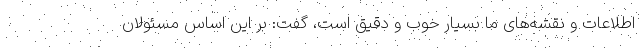
اطلاعات و نقشه‌های ما بسیار خوب و دقیق است، گفت: بر این اساس مسئولان